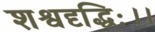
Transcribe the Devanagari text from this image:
शश्वदृद्धिः।।